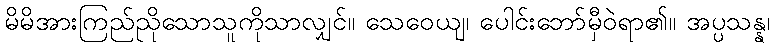
မိမိအားကြည်ညိုသောသူကိုသာလျှင်။ သေဝေယျ၊ ပေါင်းဘော်မှီဝဲရာ၏။ အပ္ပသန္န၊